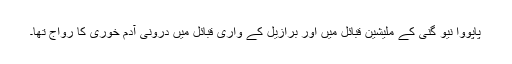
پاپووا نیو گنی کے ملیشین قبائل میں اور برازیل کے واری قبائل میں درونی آدم خوری کا رواج تھا۔